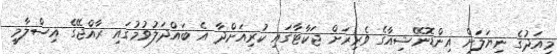
މިއަދުގެ ނިޔަލަށް އިންޑޮނޭޝިއާގެ ވެރިރަށް ޖަކާޓާގައި ކުރިއަށްދާ އެ ބައްދަލުވުމުގައި ރާއްޖޭގެ އިސްލާމީ